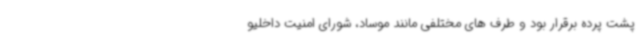
پشت پرده برقرار بود و طرف های مختلفی مانند موساد، شورای امنیت داخلیو